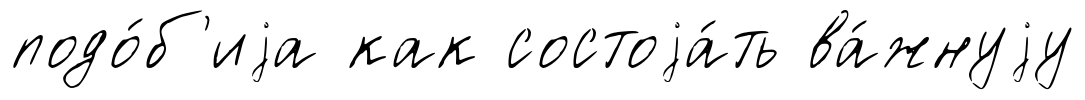
подо́б'иjа как состоjа́ть ва́жнуjу